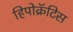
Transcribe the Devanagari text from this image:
हिपोक्रॅटिस